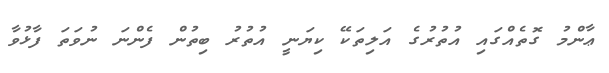
ޢާންމު ގޮތެއްގައި އުތުރުގެ އަލިތަކޭ ކިޔަނީ އުތުރު ބިތުން ފެންނަ ނުވަތަ ފާޅުވާ